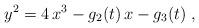
LaTeX: \begin{align*} y^2 = 4 \, x^3 - g_2(t) \, x - g_3(t) \;,\end{align*}